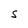
Character: S